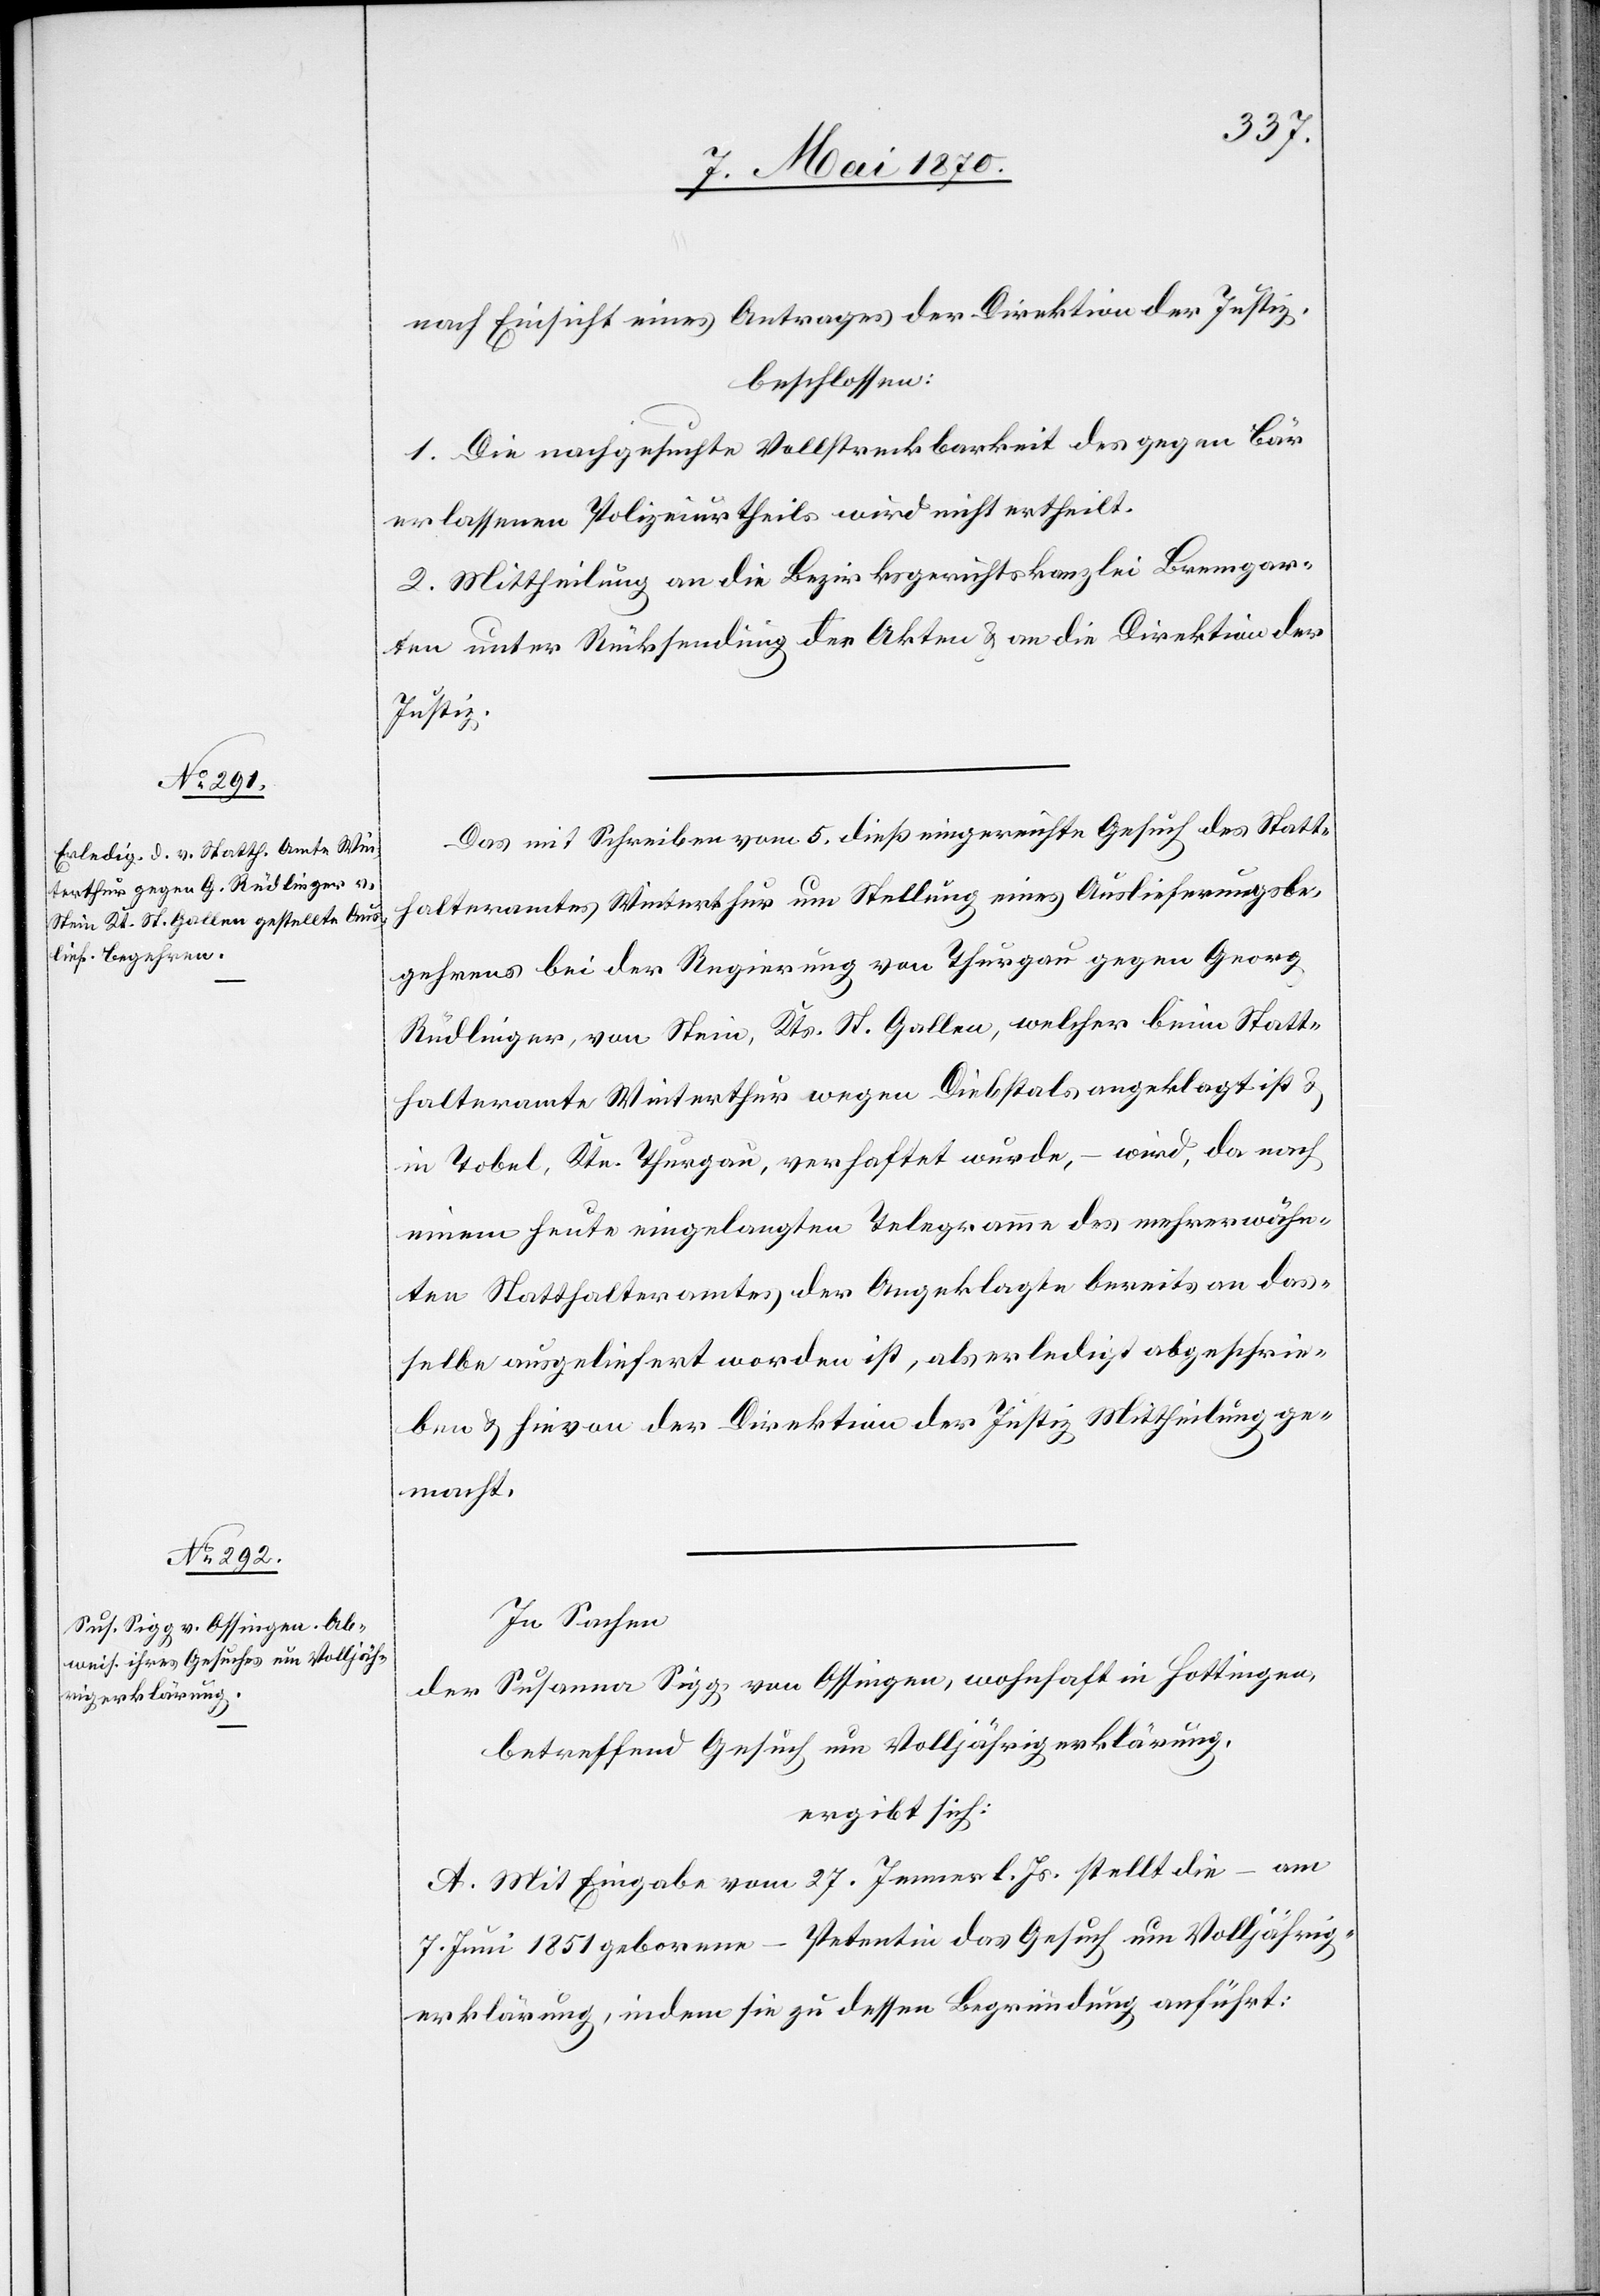
nach Einsicht eines Antrages der Direktion der Justiz,
beschlossen:
1. Die nachgesuchte Vollstreckbarkeit des gegen Bär
erlassenen Polizeiurtheils wird nicht ertheilt.
2. Mittheilung an die Bezirksrathskanzlei Bremgar¬
ten unter Rücksendung der Akten & an die Direktion der
Justiz.
Das mit Schreiben vom 5. dieß eingereichte Gesuch des Statt¬
halteramtes Winterthur um Stellung eines Auslieferungsbe¬
gehrens bei der Regierung von Thurgau gegen Georg
Rüdlinger, von Stein, Kts. St. Gallen, welcher beim Statt¬
halteramte Winterthur wegen Diebstals angeklagt ist
in Tobel, Ktn. Thurgau, verhaftet wurde, – wird, da nach
einem heute eingelangten Telegramme des mehrerwähn¬
ten Statthalteramtes der Angeklagte bereits an das¬
selbe ausgeliefert worden ist, als erledigt abgeschrie¬
ben & hievon der Direktion der Justiz Mittheilung ge¬
macht.
In Sachen
der Susanna Sigg, von Ossingen, wohnhaft in Hottingen,
betreffend Gesuch um Volljährigerklärung,
ergibt sich:
A. Mit Eingabe vom 27. Jenner l. Js. stellt die – am
7. Juni 1851 geborene – Petentin das Gesuch um Volljährig¬
erklärung, indem sie zu dessen Begründung anführt: